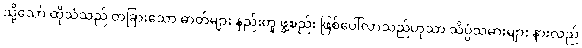
သို့သော် ထိုသံသည် တခြားသော ဓာတ်များ နည်းတူ ဖွဲ့စည်း ဖြစ်ပေါ်လာသည်ဟုသာ သိပ္ပံသမားများ နားလည်